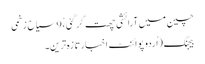
چین میں آرائشی چھت گرگئی ،ْ 9 سیاح زخمی
بیجنگ (اُردو پوائنٹ اخبارتازہ ترین۔